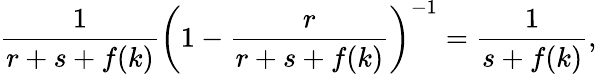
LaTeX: \frac{1}{r+s+f(k)}\left(1-\frac{r}{r+s+f(k)}\right)^{-1}=\frac{1}{s+f(k)},